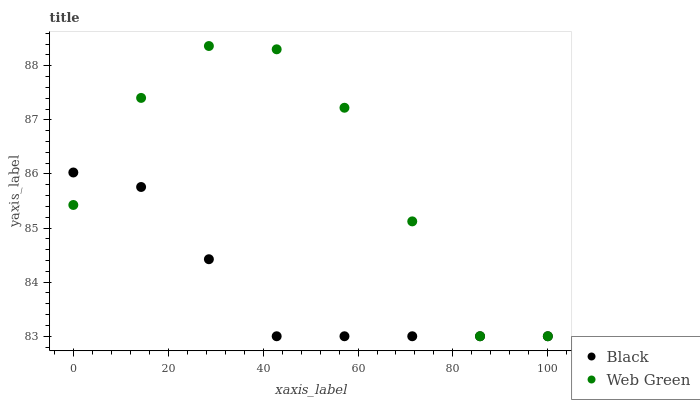
| xaxis_label | Black | Web Green |
 | --- | --- | --- |
 | 0 | 86 | 85.4 |
 | 14.3 | 85.8 | 87.4 |
 | 28.6 | 84.4 | 88.4 |
 | 42.9 | 83 | 88.3 |
 | 57.1 | 83 | 87.2 |
 | 71.4 | 83 | 85.1 |
 | 85.7 | 83 | 83 |
 | 100 | 83 | 83 |